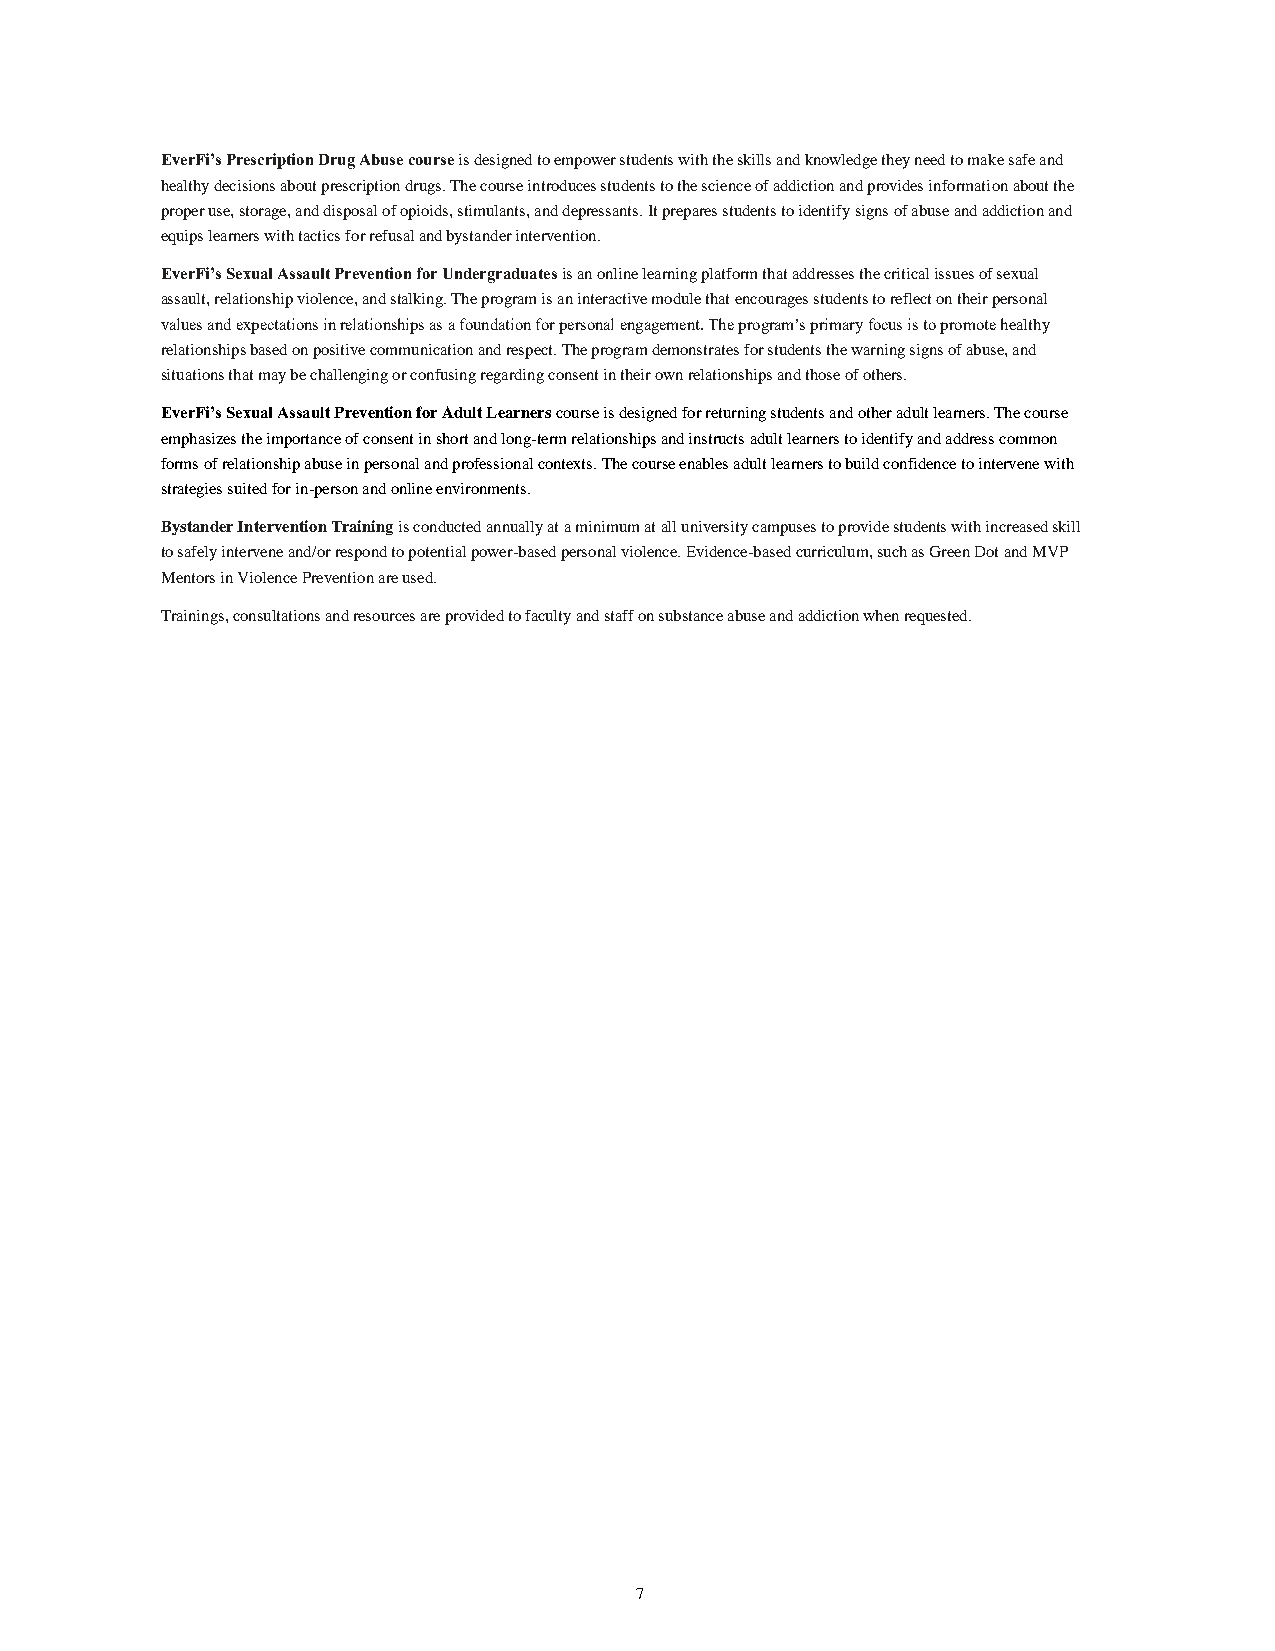
EverFi’s Prescription Drug Abuse course is designed to empower students with the skills and knowledge they need to make safe and
 healthy decisions about prescription drugs. The course introduces students to the science of addiction and provides information about the
 proper use, storage, and disposal of opioids, stimulants, and depressants. It prepares students to identify signs of abuse and addiction and
 equips learners with tactics for refusal and bystander intervention.
 EverFi’s Sexual Assault Prevention for Undergraduates is an online learning platform that addresses the critical issues of sexual
 assault, relationship violence, and stalking. The program is an interactive module that encourages students to reflect on their personal
 values and expectations in relationships as a foundation for personal engagement. The program’s primary focus is to promote healthy
 relationships based on positive communication and respect. The program demonstrates for students the warning signs of abuse, and
 situations that may be challenging or confusing regarding consent in their own relationships and those of others.
 EverFi’s Sexual Assault Prevention for Adult Learners course is designed for returning students and other adult learners. The course
 emphasizes the importance of consent in short and long-term relationships and instructs adult learners to identify and address common
 forms of relationship abuse in personal and professional contexts. The course enables adult learners to build confidence to intervene with
 strategies suited for in-person and online environments.
 Bystander Intervention Training is conducted annually at a minimum at all university campuses to provide students with increased skill
 to safely intervene and/or respond to potential power-based personal violence. Evidence-based curriculum, such as Green Dot and MVP
 Mentors in Violence Prevention are used.
 Trainings, consultations and resources are provided to faculty and staff on substance abuse and addiction when requested.
 7